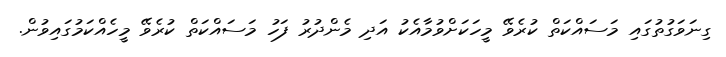
ގިނަވަގުތުގައި މަސައްކަތް ކުރެވޭ މީހަކަށްވުމާއެކު އަދި މެންދުރު ފަހު މަސައްކަތް ކުރެވޭ މީހެއްކަމުގައިވުން.